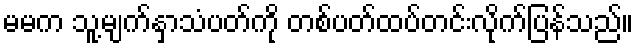
မမက သူ့မျက်နှာသံပတ်ကို တစ်ပတ်ထပ်တင်းလိုက်ပြန်သည်။